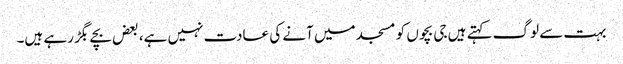
بہت سے لوگ کہتے ہیں جی بچوں کو مسجد میں آنے کی عادت نہیں ہے، بعض بچے بگڑ رہے ہیں۔